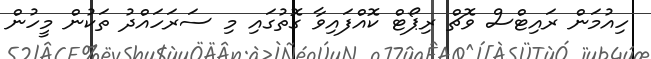
ހިއުމަން ރައިޓްސް ވޮޗް ރިޕޯޓް ކޮއްފައިވާ ގޮތުގައި މި ސަރަހައްދު ތަކުން މީހުން